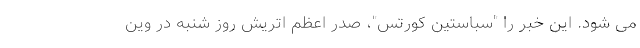
می شود. این خبر را "سباستین کورتس"، صدر اعظم اتریش روز شنبه در وین